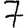
Digit: 7